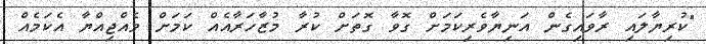
"ކުރިޔާލައި ރާވައިގެން އަނިޔާވެރިކަމަށް ގޮވާ ގޮތަށް ކުރާ މުޒާހަރާއެއް ކަމަށް ވެއްޖިއްޔާ އެކަމެއް